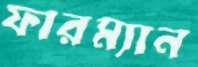
ফারম্যান